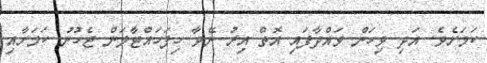
ކަމަށެވެ. އަދި ވިހަން ވައްދާފައި އޮތް އިރު ނޭވާ ހިފަހައްޓާލަން ޖެހުނު ކަމަށާއި